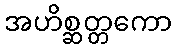
အဟိစ္ဆတ္တကော